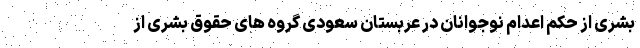
بشری از حکم اعدام نوجوانان در عربستان سعودی گروه های حقوق بشری از